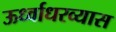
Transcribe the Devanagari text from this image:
ऊर्ध्वाधरव्यास